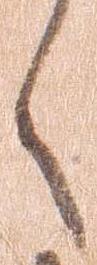
々